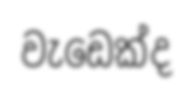
වැඩෙක්ද